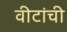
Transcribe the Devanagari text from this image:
वीटांची